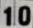
10